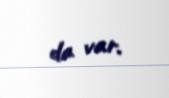
da var.